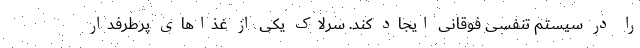
را در سیستم تنفسی فوقانی ایجاد کند. سرلاک یکی از غذاهای پرطرفدار